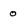
Character: o